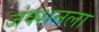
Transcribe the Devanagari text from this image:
जंक्शनला